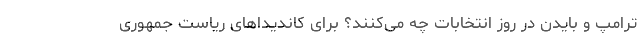
ترامپ و بایدن در روز انتخابات چه می‌کنند؟ برای کاندیداهای ریاست جمهوری